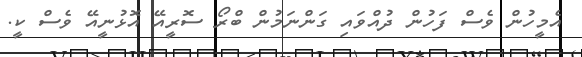
އެމީހުން ވެސް ފަހުން ދުއްވައި ގަންނަމުން ބްރޯ ސޮރީއޭ އޮޅުނީއޭ ވެސް ކީ.